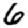
Digit: 6